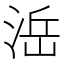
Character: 㴈